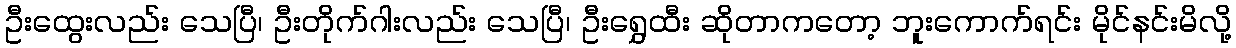
ဦးထွေးလည်း သေပြီ၊ ဦးတိုက်ဂါးလည်း သေပြီ၊ ဦးရွှေထီး ဆိုတာကတော့ ဘူးကောက်ရင်း မိုင်နင်းမိလို့